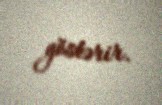
göstərir.